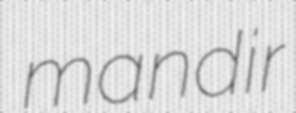
mandir